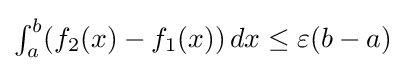
\textstyle \int _{a}^{b}(f_{2}(x)-f_{1}(x))\,dx\leq \varepsilon (b-a)